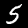
Label: 5